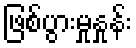
ဖြစ်ပွားမှုနှုန်း